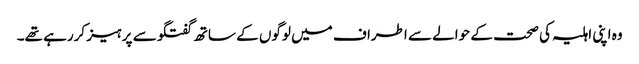
وہ اپنی اہلیہ کی صحت کے حوالے سے اطراف میں لوگوں کے ساتھ گفتگو سے پرہیز کررہے تھے۔